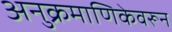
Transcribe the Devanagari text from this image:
अनुक्रमाणिकेवरून